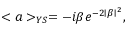
< a > _ { Y S } = - i \beta e ^ { - 2 \mid \beta \mid ^ { 2 } } ,